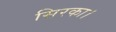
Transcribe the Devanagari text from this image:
सिरका।